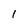
Character: 1